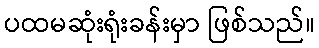
ပထမဆုံးရုံးခန်းမှာ ဖြစ်သည်။